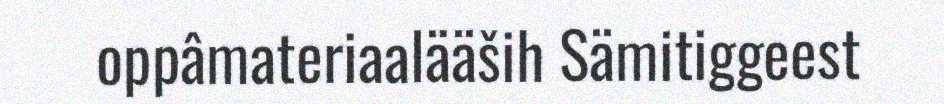
oppâmateriaalääših Sämitiggeest